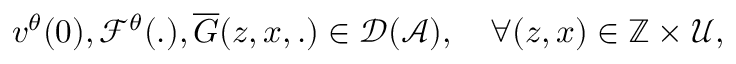
v ^ { \theta } ( 0 ) , \mathcal { F } ^ { \theta } ( . ) , \overline { { G } } ( z , x , . ) \in \mathcal { D } ( \mathcal { A } ) , \quad \forall ( z , x ) \in \mathbb { Z } \times \mathcal { U } ,